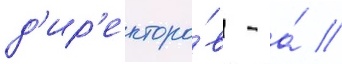
д'ир'екторо́в - а́ //